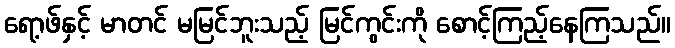
ရော့ဖ်နှင့် မာတင် မမြင်ဘူးသည့် မြင်ကွင်းကို စောင့်ကြည့်နေကြသည်။